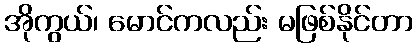
အိုကွယ်၊ မောင်ကလည်း မဖြစ်နိုင်တာ